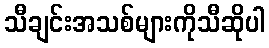
သီချင်းအသစ်များကိုသီဆိုပါ